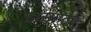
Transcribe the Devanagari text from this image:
झऱ्यातून